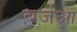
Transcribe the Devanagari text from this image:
बर्जआ